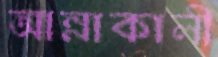
আন্নাকালী